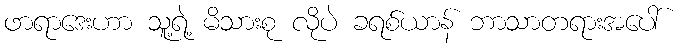
ဖာရာဒေးဟာ သူ့ရဲ့ မိသားစု လိုပဲ ခရစ်ယာန် ဘာသာတရားအပေါ်